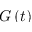
G \left( t \right)